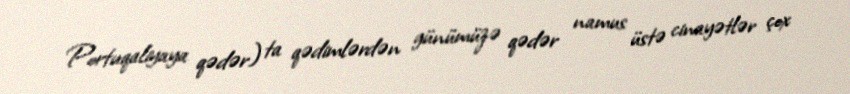
Portuqaliyaya qədər) ta qədimlərdən günümüzə qədər namus üstə cinayətlər çox